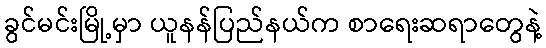
ခွင်မင်းမြို့မှာ ယူနန်ပြည်နယ်က စာရေးဆရာတွေနဲ့